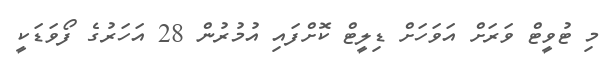
މި ޓުވީޓް ވަރަށް އަވަހަށް ޑިލީޓް ކޮށްފައި އުމުރުން 28 އަހަރުގެ ފޯވަޑަކީ